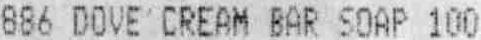
886 DOVE CREAM BAR SOAP 100